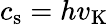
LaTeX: c_{\mathrm{s}}=hv_{\mathrm{K}}